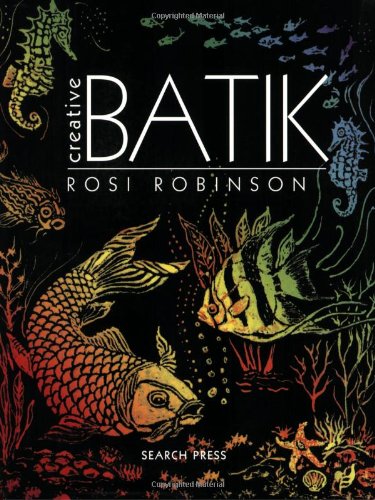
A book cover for Creative Batik (Beginner's Guide to Needlecraft); Rosi Robinson; Crafts, Hobbies & Home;